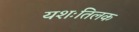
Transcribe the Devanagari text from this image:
यशःतिलक